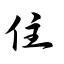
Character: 住